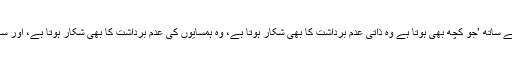
‘ان کا کہنا تھا کہ ان کے فلم کے مرکزی کردار کے ساتھ ’جو کچھ بھی ہوتا ہے وہ ذاتی عدم برداشت کا بھی شکار ہوتا ہے، وہ ہمسایوں کی عدم برداشت کا بھی شکار ہوتا ہے، اور سائبر سپیس میں بھی عدم برداشت کا شکار ہوتا ہے۔